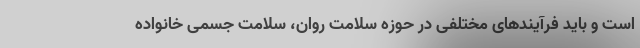
است و باید فرآیندهای مختلفی در حوزه سلامت روان، سلامت جسمی خانواده